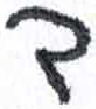
אות: ד